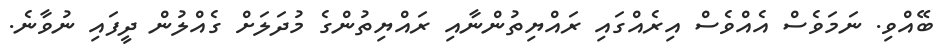
ބޭއްވި. ނަމަވެސް އެއްވެސް އިރެއްގައި ރައްޔިތުންނާއި ރައްޔިތުންގެ މުދަލަށް ގެއްލުން ދީފައި ނުވާނެ.